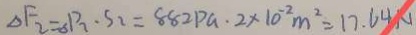
\Delta F _ { 2 } = \Delta \rho _ { 3 } \cdot S _ { 2 } = 8 8 2 P a \cdot 2 \times 1 0 ^ { - 2 } m ^ { 2 } = 1 7 . 6 4 N